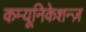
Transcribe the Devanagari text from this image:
कम्यूनिकेशन्ज़